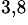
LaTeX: ^{3,8}